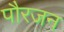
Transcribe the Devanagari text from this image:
पौरजन